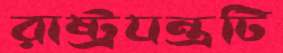
রাষ্ট্রযন্ত্রটি